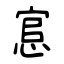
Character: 悹